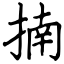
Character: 揇